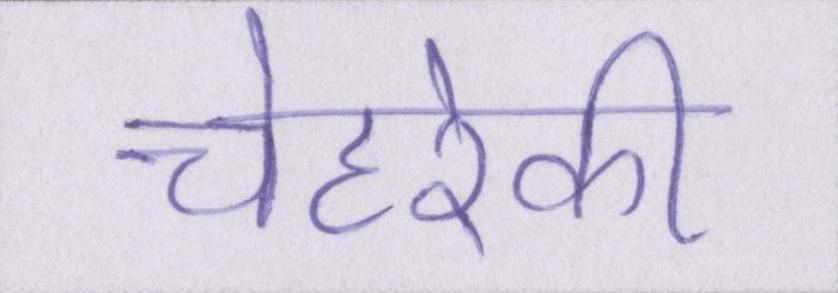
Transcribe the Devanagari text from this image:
चेहरेकी